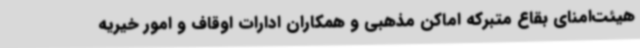
هیئت‌امنای بقاع متبرکه اماکن مذهبی و همکاران ادارات اوقاف و امور خیریه